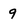
Character: 9